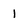
Character: 1